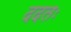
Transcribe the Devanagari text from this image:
ददतः